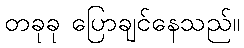
တခုခု ပြောချင်နေသည်။